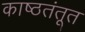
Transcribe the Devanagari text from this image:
काष्ठतंतूत